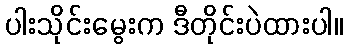
ပါးသိုင်းမွေးက ဒီတိုင်းပဲထားပါ။